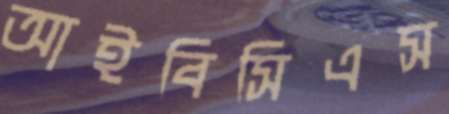
আইবিসিএস